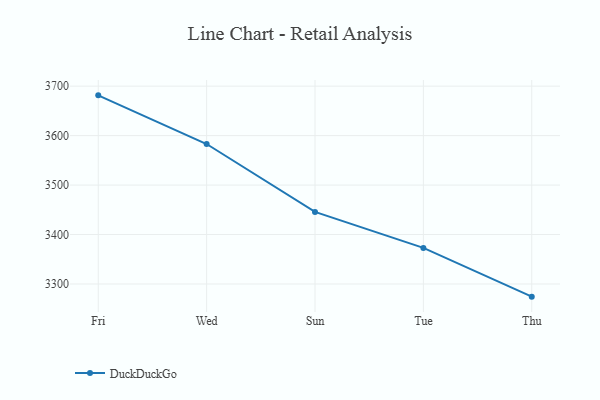
{"axis": {"x": "Day", "y": "Operating Costs (USD K)"}, "legend": ["DuckDuckGo"], "data": [{"x": "Fri", "y": 3681.4, "type": "DuckDuckGo"}, {"x": "Wed", "y": 3583.0, "type": "DuckDuckGo"}, {"x": "Sun", "y": 3445.8, "type": "DuckDuckGo"}, {"x": "Tue", "y": 3373.0, "type": "DuckDuckGo"}, {"x": "Thu", "y": 3274.4, "type": "DuckDuckGo"}]}